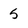
Character: 5